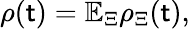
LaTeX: {\rho}(\mathsf{t})=\mathbb{{E}}_{\Xi}{\rho}_{\Xi}(\mathsf{t}),